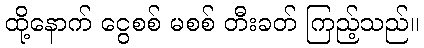
ထို့နောက် ငွေစစ် မစစ် တီးခတ် ကြည့်သည်။